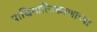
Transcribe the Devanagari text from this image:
पाश्चिमात्यिकरणाच्या